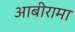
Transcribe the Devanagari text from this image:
आबीरामा